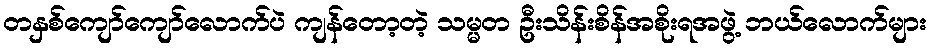
တနှစ်ကျော်ကျော်လောက်ပဲ ကျန်တော့တဲ့ သမ္မတ ဦးသိန်းစိန်အစိုးရအဖွဲ့ ဘယ်လောက်များ